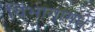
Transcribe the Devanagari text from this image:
विभागामधे